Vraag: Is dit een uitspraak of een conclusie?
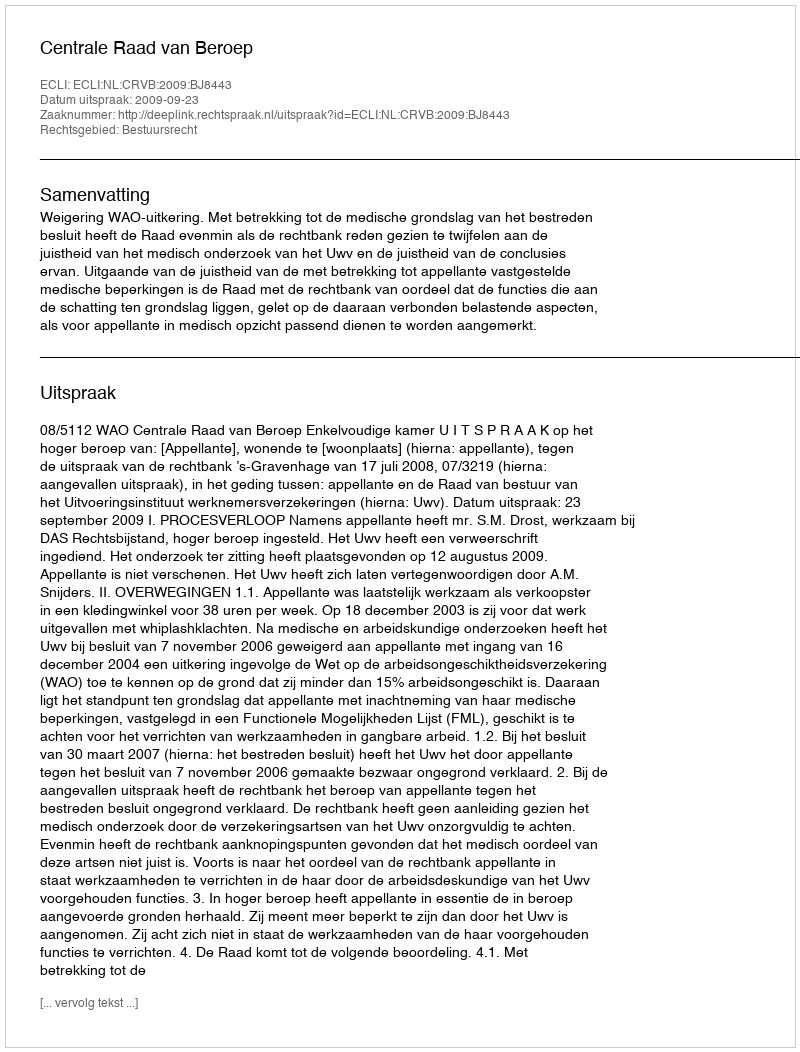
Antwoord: Uitspraak